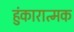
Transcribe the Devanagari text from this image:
हुंकारात्मक